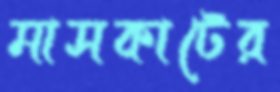
মাসকাটের